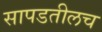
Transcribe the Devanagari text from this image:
सापडतीलच